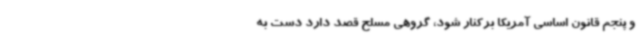
و پنجم قانون اساسی آمریکا برکنار شود، گروهی مسلح قصد دارد دست به